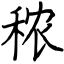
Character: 秾